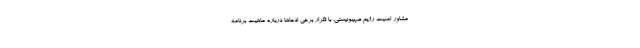
مشاور امنیت رژیم صهیونیستی، با تکرار برخی ادعاها درباره ماهیت برنامه